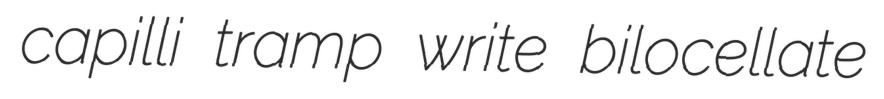
capilli tramp write bilocellate